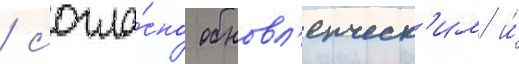
/ согла́сно обновл'енческ'им и́